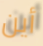
أين